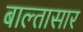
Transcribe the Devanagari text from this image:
बाल्तासार